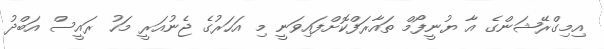
އިމިގްރޭޝަންގެ އާ ޔުނީފޯމް ތައާރަފްކޮށްފައިވަނީ މި އަހަރުގެ ޖެނުއަރީ މަހު ރައީސް އަބްދު